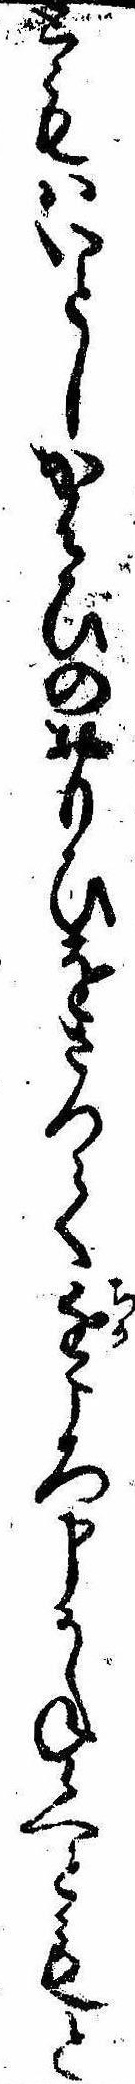
ともはいとしかはひのおもひをさつて近ころ申かね候へともと